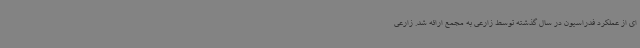
ای از عملکرد فدراسیون در سال گذشته توسط زارعی به مجمع ارائه شد. زارعی